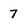
Character: 7